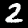
Label: 2